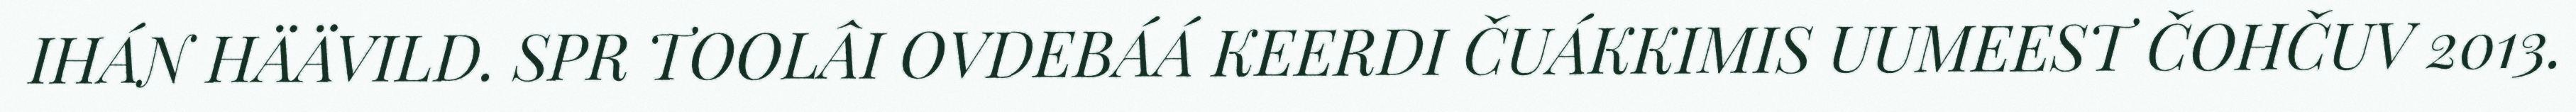
IHÁN HÄÄVILD. SPR TOOLÂI OVDEBÁÁ KEERDI ČUÁKKIMIS UUMEEST ČOHČUV 2013.